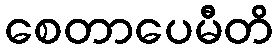
စေတာပေမီတိ